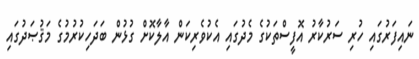
ނައިފަރުގައި ހުރި ސަރުކާރު އޮފީސްތަކުގެ މެދުގައި އެކުވެރިކަން އާލާކޮށް ގުޅުން ބަދަހިކުރުމުގެ މަޤުޞަދުގައި